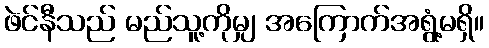
ဖဲင်နီသည် မည်သူ့ကိုမျှ အကြောက်အရွံ့မရှိ။